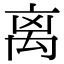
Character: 离